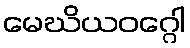
မေဃိယဝဂ္ဂေါ